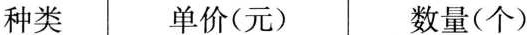
种类单价(元)数量(个)